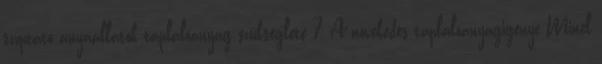
szoptató anyaállatok táplálóanyag szükséglete 7 A növekedés táplálóanyagigénye Minél